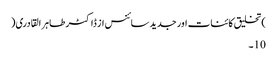
)تخلیق کائنات اور جدید سائنس از ڈاکٹر طاہر القادری(
10۔